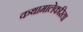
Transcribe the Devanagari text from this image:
कथामालेकरिता